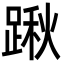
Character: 踿